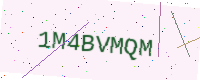
Text: 1M4BVMQM